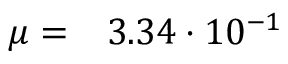
\mu = \phantom { - } 3 . 3 4 \cdot 1 0 ^ { - 1 }